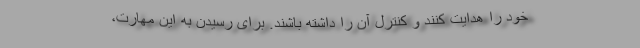
خود را هدایت کنند و کنترل آن را داشته باشند. برای رسیدن به این مهارت،